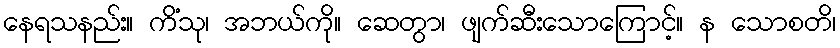
နေရသနည်း။ ကိံသု၊ အဘယ်ကို။ ဆေတွာ၊ ဖျက်ဆီးသောကြောင့်။ န သောစတိ၊